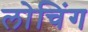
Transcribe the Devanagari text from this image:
लोचिंग